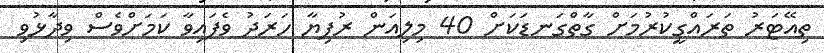
ތިއޭޓަރު ތަރައްގީކުރުމަށް ގާތްގަނޑަކަށް 40 މިލިއަން ރުފިޔާ ހަރަދު ވެފައިވާ ކަމަށްވެސް ވިދާޅުވި